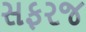
સફરજ